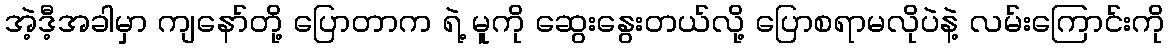
အဲ့ဒီ့အခါမှာ ကျနော်တို့ ပြောတာက ရဲ့ မူကို ဆွေးနွေးတယ်လို့ ပြောစရာမလိုပဲနဲ့ လမ်းကြောင်းကို